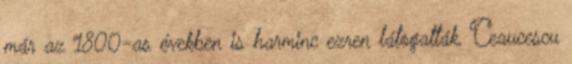
már az 1800-as években is harminc ezren látogatták, Ceaucescu